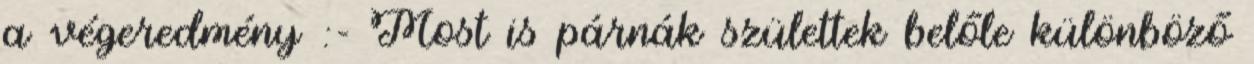
a végeredmény :- Most is párnák születtek belőle különböző